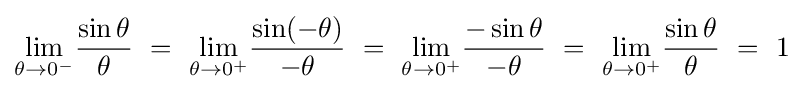
\lim _{\theta \to 0^{-}}\!{\frac {\sin \theta }{\theta }}\ =\ \lim _{\theta \to 0^{+}}\!{\frac {\sin(-\theta )}{-\theta }}\ =\ \lim _{\theta \to 0^{+}}\!{\frac {-\sin \theta }{-\theta }}\ =\ \lim _{\theta \to 0^{+}}\!{\frac {\sin \theta }{\theta }}\ =\ 1